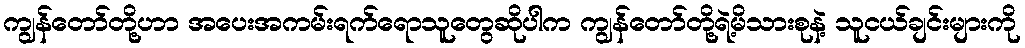
ကျွန်တော်တို့ဟာ အပေးအကမ်းရက်ရောသူတွေဆိုပါက ကျွန်တော်တို့ရဲ့မိသားစုနဲ့ သူငယ်ချင်းများကို